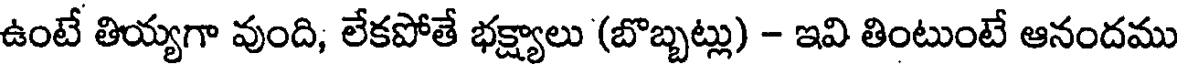
ఉంటే తియ్యగా వుంది, లేకపోతే భక్ష్యాలు (బొబ్బట్లు) - ఇవి తింటుంటే ఆనందము